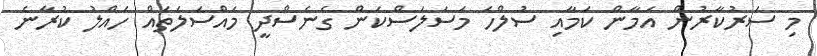
މި ސަރުކާރުން އަމާން ކަމާއި ސުލްހަ މަސަލަސްކަން ގެނެސްދީ މައްސަލަތައް ހައްލު ކުރާނެ